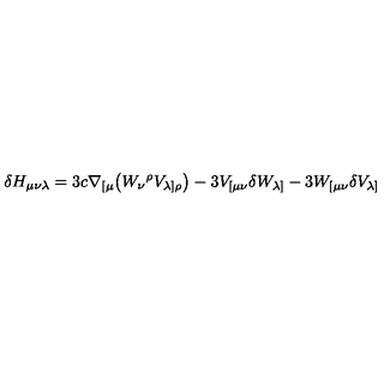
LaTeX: \delta H _ { \mu \nu \lambda } = 3 c \nabla _ { [ \mu } \bigl ( W _ { \nu } { } ^ { \rho } V _ { \lambda ] \rho } \bigr ) - 3 V _ { [ \mu \nu } \delta W _ { \lambda ] } - 3 W _ { [ \mu \nu } \delta V _ { \lambda ] }